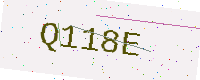
Text: Q118E